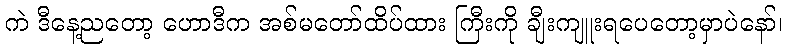
ကဲ ဒီနေ့ညတော့ ဟောဒီက အစ်မတော်ထိပ်ထား ကြီးကို ချီးကျူးရပေတော့မှာပဲနော်၊